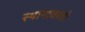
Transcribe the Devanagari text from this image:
स्थानावरती